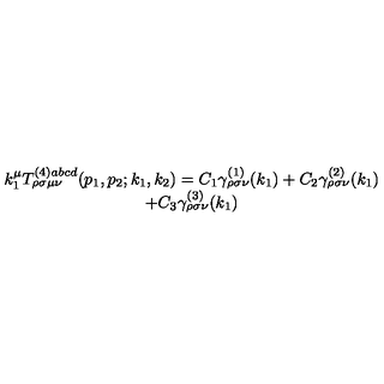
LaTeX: \begin{array} { c } { k _ { 1 } ^ { \mu } T _ { \rho \sigma \mu \nu } ^ { ( 4 ) a b c d } ( p _ { 1 } , p _ { 2 } ; k _ { 1 } , k _ { 2 } ) = C _ { 1 } \gamma _ { \rho \sigma \nu } ^ { ( 1 ) } ( k _ { 1 } ) + C _ { 2 } \gamma _ { \rho \sigma \nu } ^ { ( 2 ) } ( k _ { 1 } ) } \\ { + C _ { 3 } \gamma _ { \rho \sigma \nu } ^ { ( 3 ) } ( k _ { 1 } ) } \\ \end{array}